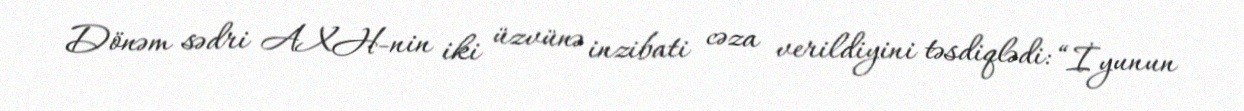
Dönəm sədri AXH-nin iki üzvünə inzibati cəza verildiyini təsdiqlədi: “İyunun